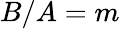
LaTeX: B/A=m